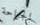
الجراحة